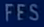
FFS